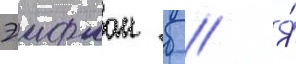
Эифман б // Я́